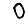
Digit: 0